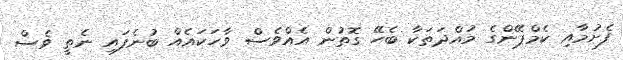
ފެށުމާއި ކެމްޕޭންގެ މުއްދަތަކާ ބެހޭ ގޮތުން އެއްވެސް ވާހަކައެއް ބުނެފައި ނެތީ ވެސް